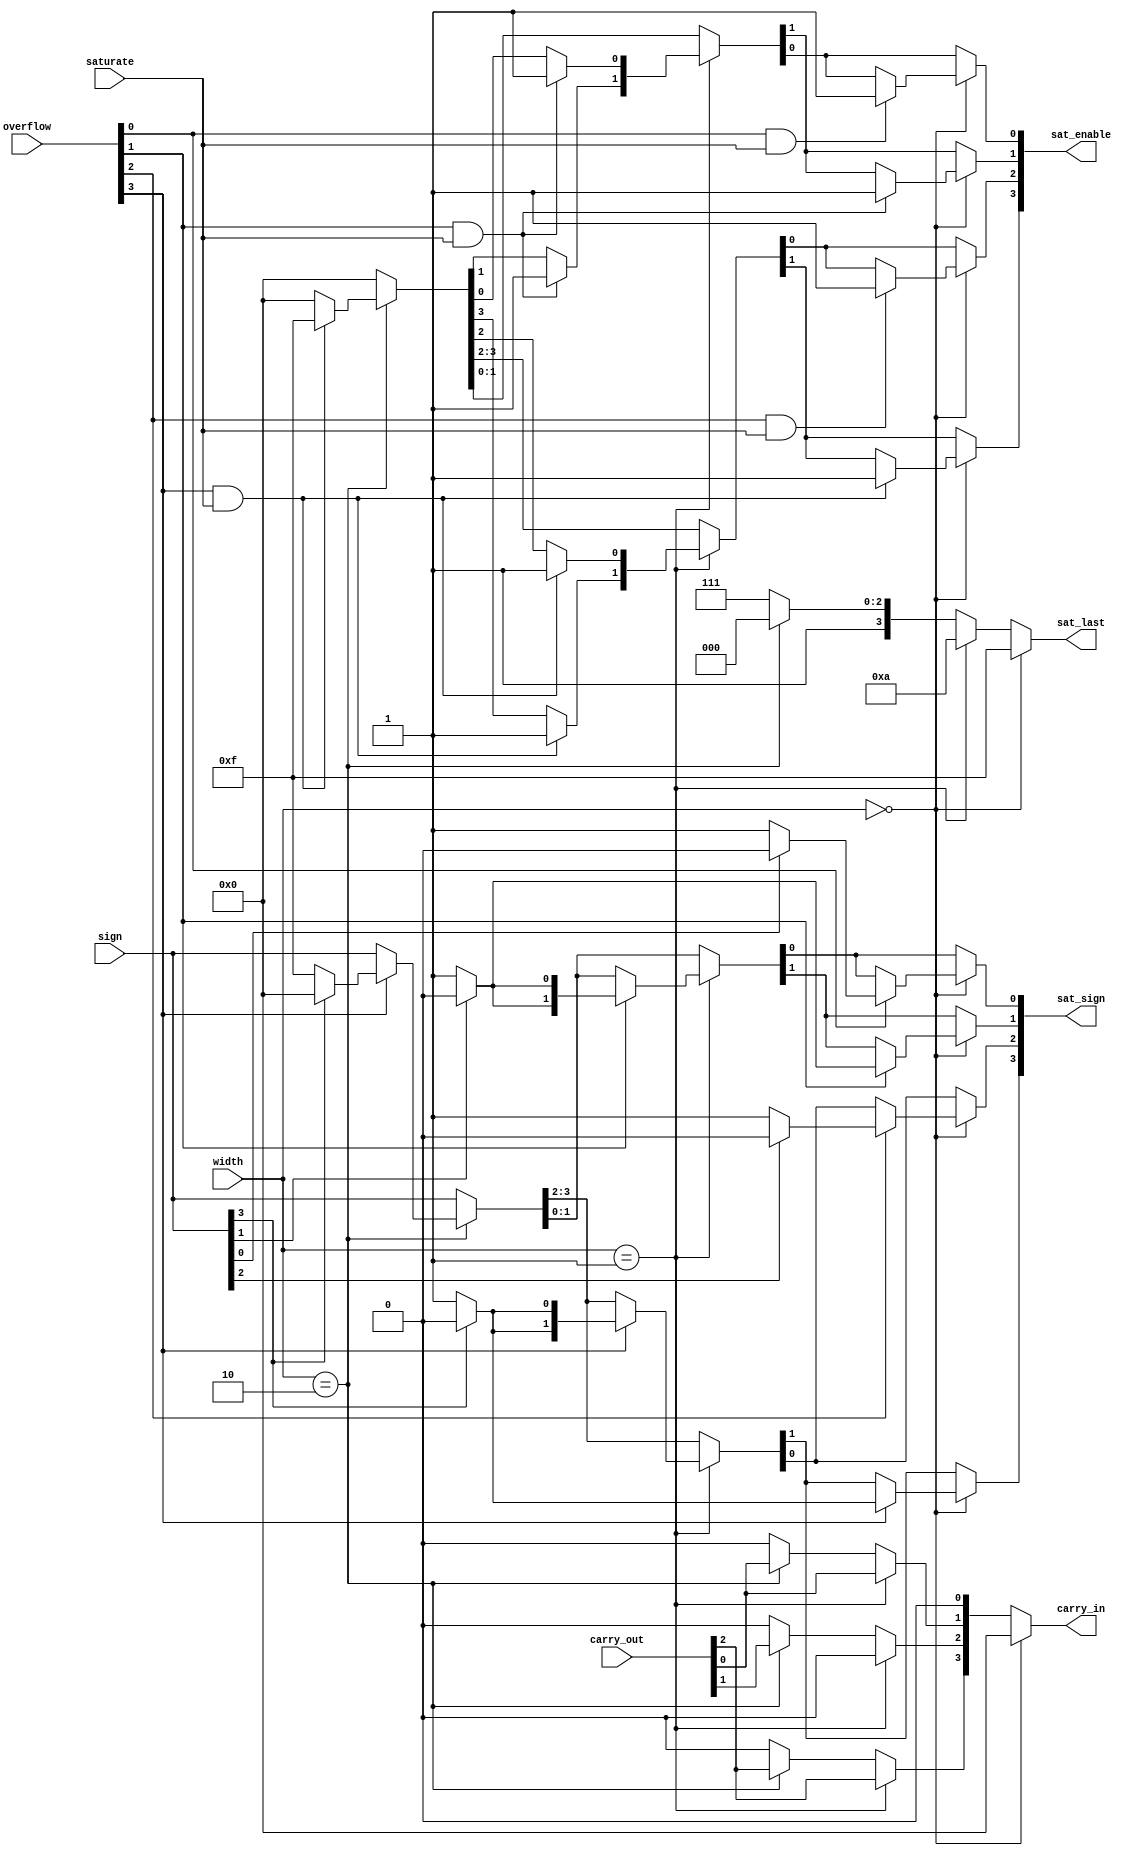
module control(
  input saturate,
  input [1:0] width,
  input [3:0] sign,
  input [3:0] overflow,
  input [3:0] carry_out,
  output reg [3:0] carry_in,
  output reg [3:0] sat_enable,
  output reg [3:0] sat_sign,
  output reg [3:0] sat_last
);
  
  reg [3:0] i;
  
always @(*) begin
  
  sat_sign = sign;
  sat_last = 4'b1111;
  sat_enable = 4'b0000;
  carry_in = 4'b0000;
  
  if (width == 2'b10) begin
    carry_in[3] = carry_out[2];  
    carry_in[2] = carry_out[1];
    carry_in[1] = carry_out[0];
    carry_in[0] = 1'b0;
    
    sat_last = 4'b1000;
    
    if (overflow[3] && saturate)begin
      sat_enable = 4'b1111;
    end
    
    if(overflow[3]) begin
      if(!sign[3]) begin
        sat_sign = 4'b1111;
      end else begin
        sat_sign = 4'b0000;
      end
    end
    
  end
  
  if (width == 2'b01) begin
	carry_in[3] = carry_out[2];  
    carry_in[2] = 1'b0;
    carry_in[1] = carry_out[0];
    carry_in[0] = 1'b0;
    
    sat_last = 4'b1010;
    
    if (overflow[3] && saturate) begin
      sat_enable[3] = 1;
      sat_enable[2] = 1;
    end
    
    if (overflow[1] && saturate) begin
      sat_enable[1] = 1;
      sat_enable[0] = 1;
    end
    
    if(overflow[3]) begin 
      if(!sign[3]) begin
        sat_sign[3] = 1;
        sat_sign[2] = 1;
      end else begin
        sat_sign[3] = 0;
        sat_sign[2] = 0;
      end
    end
    
    if(overflow[1]) begin 
      if(!sign[1]) begin
        sat_sign[1] = 1;
        sat_sign[0] = 1;
      end else begin
        sat_sign[1] = 0;
        sat_sign[0] = 0;
      end
    end
    
  end
  
  if (width == 2'b00) begin
    carry_in = 4'b0000;
    
    sat_last = 4'b1111;
    if(overflow[3]) begin
      if(!sign[3]) begin
        sat_sign[3] = 1;
      end else begin
        sat_sign[3] = 0;
      end
    end
    
    if(overflow[2]) begin
      if(!sign[2]) begin
        sat_sign[2] = 1;
      end else begin
        sat_sign[2] = 0;
      end
    end
    
    if(overflow[1]) begin
      if(!sign[1]) begin
        sat_sign[1] = 1;
      end else begin
        sat_sign[1] = 0;
      end
    end
    
    if(overflow[0]) begin
      if(!sign[0]) begin
        sat_sign[0] = 1;
      end else begin
        sat_sign[0] = 0;
      end
    end
    
    for (i=0;i<4;i= i+1) begin
      if ((overflow[i] == 1) && saturate)
        sat_enable[i]=1;
    end
    
    
  end
  
end
  
endmodule